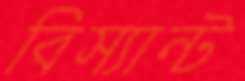
বিস্যান্ট